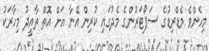
މިހެންވެ މެޑްރިޑުގެ ސަޕޯޓަރުންގެ މެދުގައި ކުރިން އޭނާ އަށް އޮތް ތާއީދު މިހާރަކު